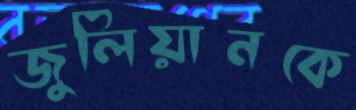
জুলিয়ানকে